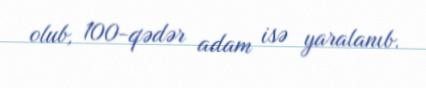
olub, 100-qədər adam isə yaralanıb.